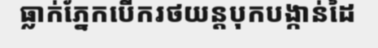
ធ្លាក់ភ្នែកបើករថយន្តបុកបង្កាន់ដៃ